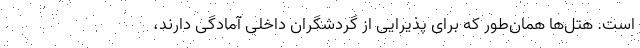
است. هتل‌ها همان‌طور که برای پذیرایی از گردشگران داخلی آمادگی دارند،